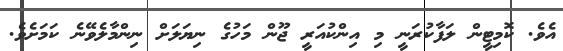
އެވެ. ކޮމިޓީން ލަފާކުރަނީ މި އިންކުއަރީ ޖޫން މަހުގެ ނިޔަލަށް ނިންމާލެވޭނެ ކަމަށެވެ.